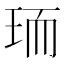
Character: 𭹄